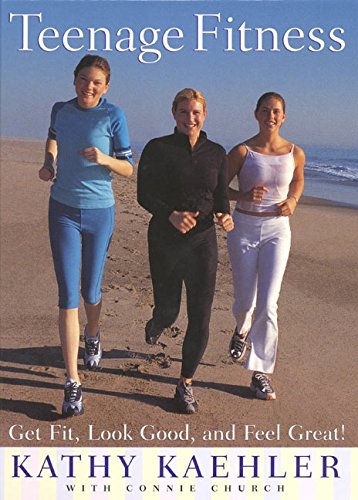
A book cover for Teenage Fitness: Get Fit, Look Good, and Feel Great!; Kathy Kaehler; Teen & Young Adult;